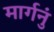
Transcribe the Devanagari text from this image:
मार्गनुं